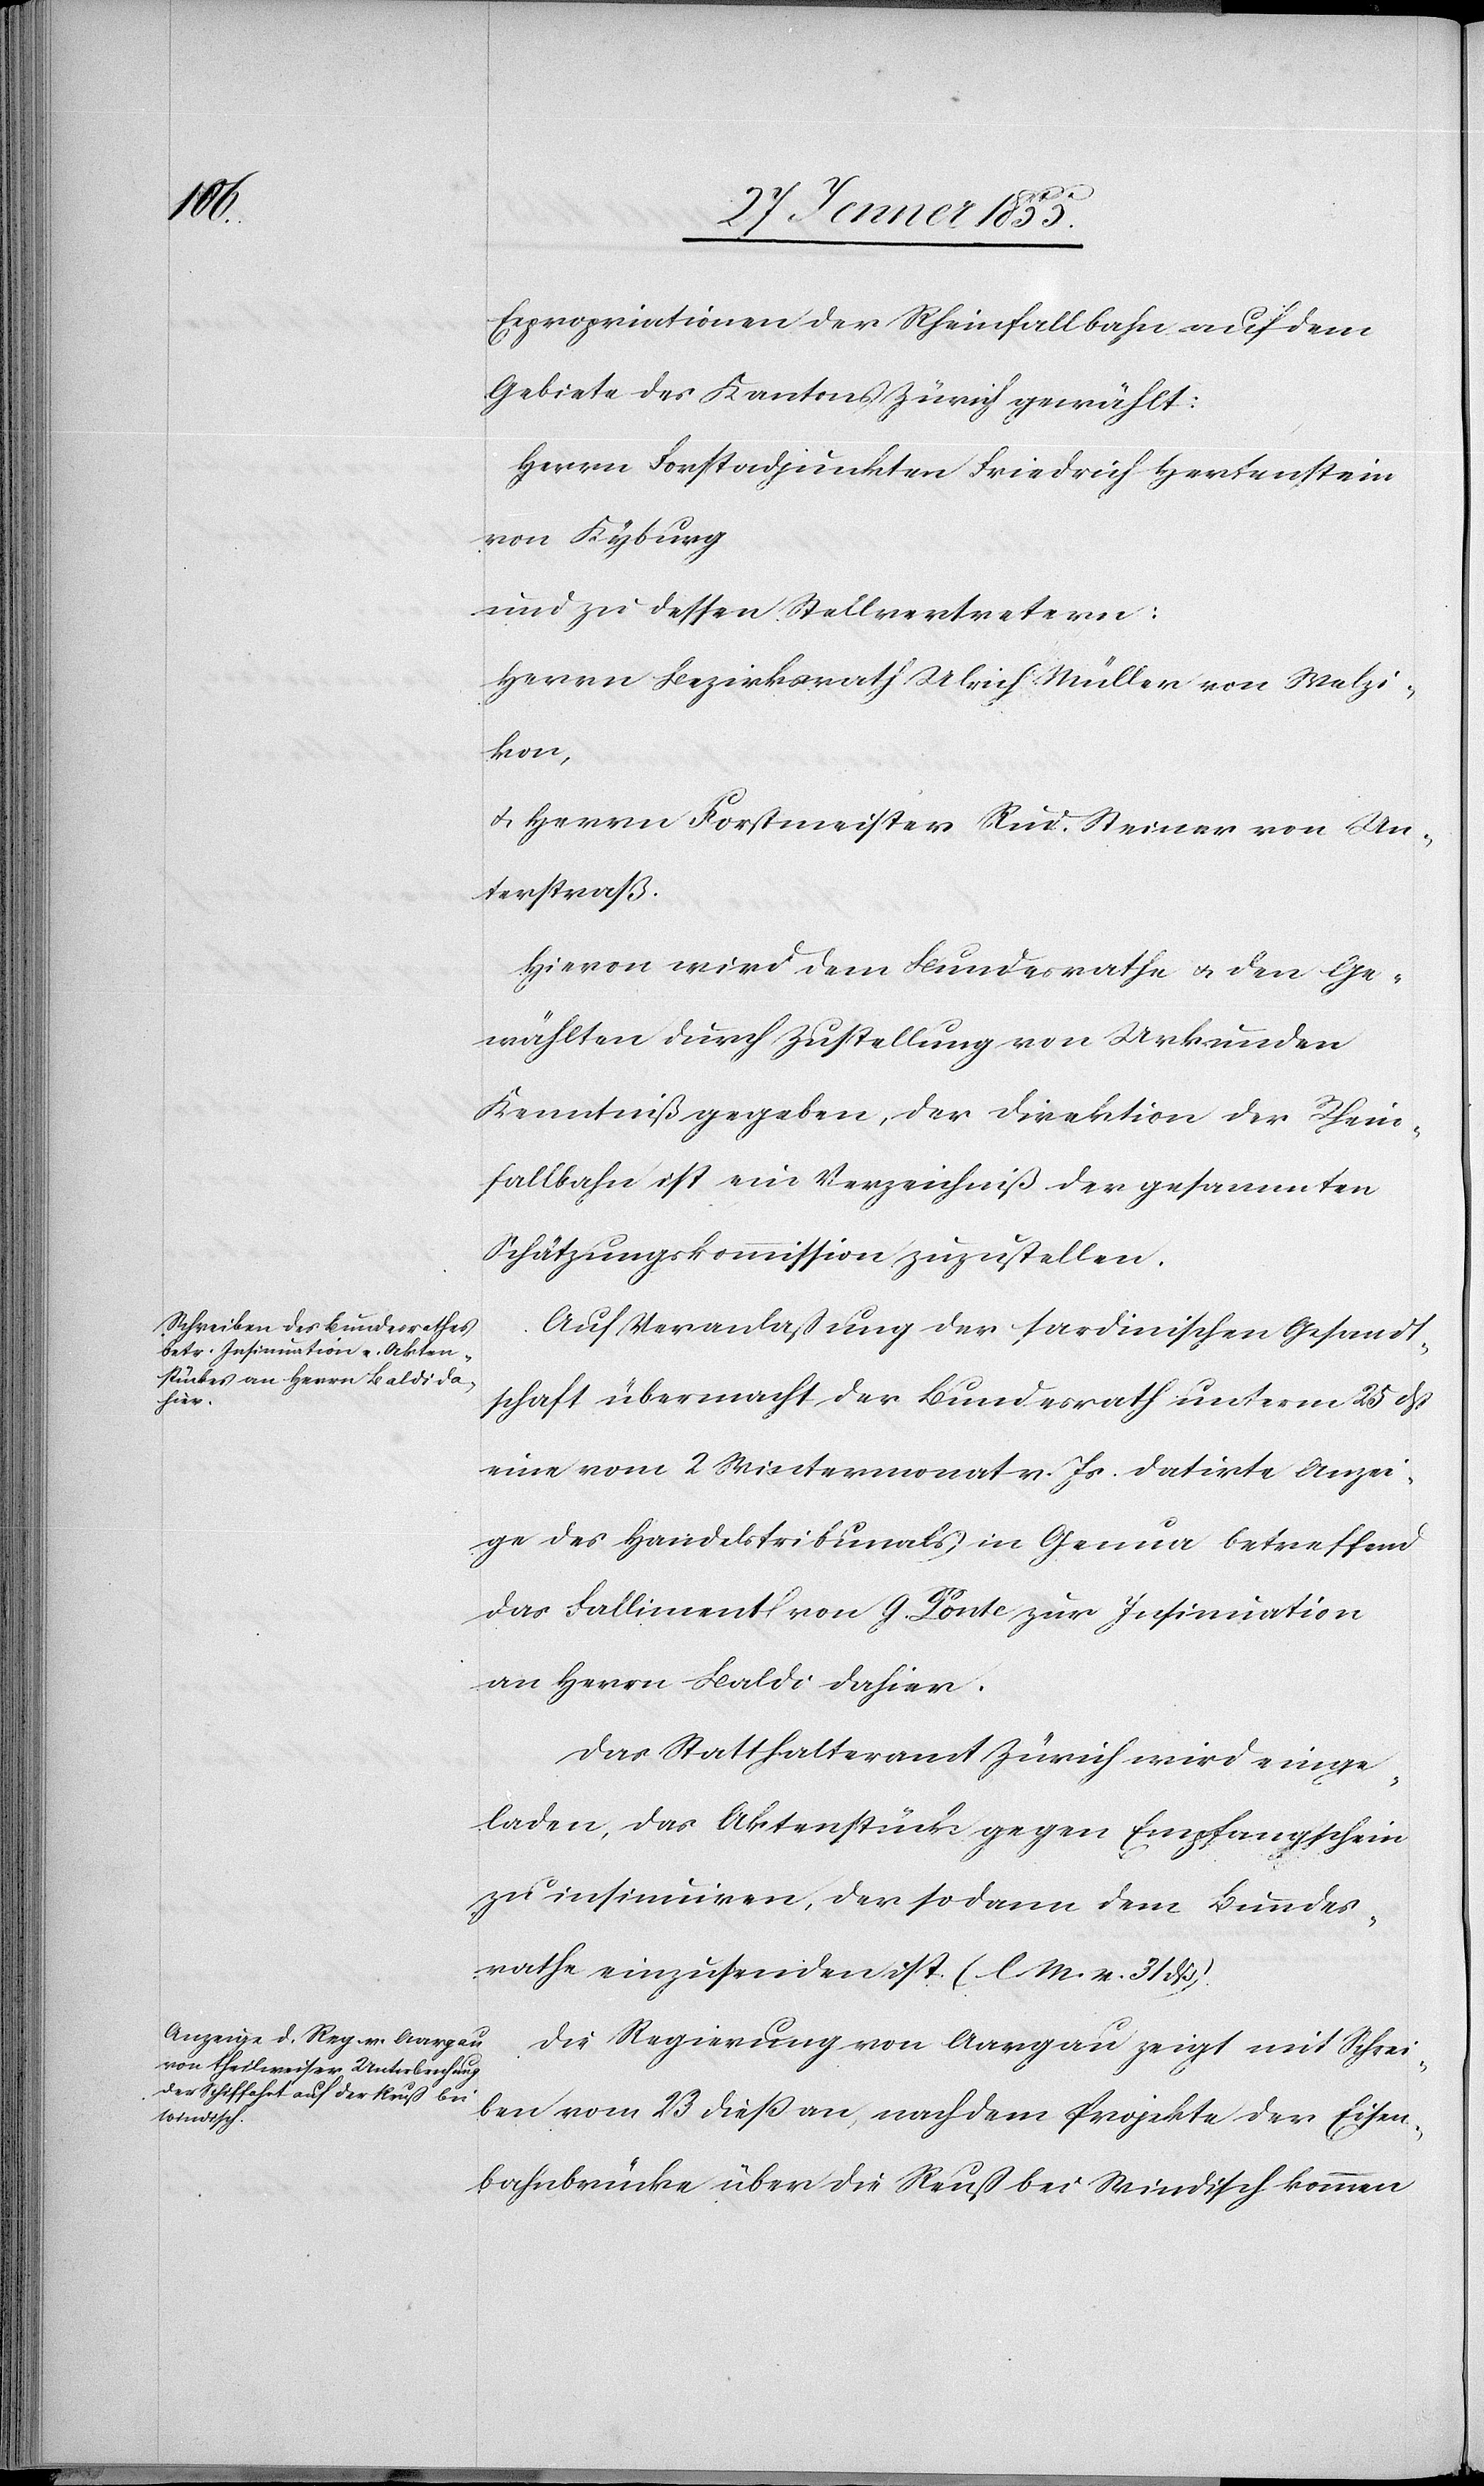
Expropriationen der Rheinfallbahn auf dem
Gebiete des Kantons Zürich gewählt:
Herrn Forstadjunkten Friedrich Hertenstein
von Kyburg
und zu dessen Stellvertretern:
Herrn Bezirksrath Ulrich Müller von Welzi¬
kon,
& Herrn Forstmeister Rud. Steiner von Un¬
terstraß.
Hievon wird dem Bundesrathe & den Ge¬
wählten durch Zustellung von Urkunden
Kenntniß gegeben, der Direktion der Rhein¬
fallbahn ist ein Verzeichniß der gesammten
Schätzungskommission zuzustellen.
Auf Veranlassung der sardinischen Gesandt¬
schaft übermacht der Bundesrath unterm 25 dß
eine vom 2 Wintermonat v. Js. datirte Anzei¬
ge des Handelstribunals in Genua betreffend
das Falliment von G. Ponte zur Insinuation
an Herrn Baldi dahier.
Das Statthalteramt Zürich wird einge¬
laden, das Aktenstück gegen Empfangschein
zu insinuiren, der sodann dem Bundes¬
rathe einzusenden ist. (l. M. v. 31 dß).
Die Regierung von Aargau zeigt mit Schrei¬
ben vom 23 dieß an, nach dem Projekte der Eisen¬
bahnbrücke über die Reuß bei Windisch kommen